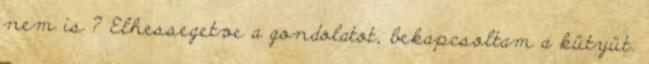
nem is ? Elhessegetve a gondolatot, bekapcsoltam a kütyüt.